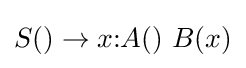
S()\to x{\text{:}}A()\ B(x)